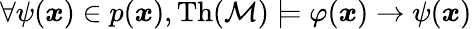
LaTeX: \forall\psi({\boldsymbol{x}})\in p({\boldsymbol{x}}),\operatorname{Th}({\mathcal{M}})\models\varphi({\boldsymbol{x}})\rightarrow\psi({\boldsymbol{x}})